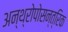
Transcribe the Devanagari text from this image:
अन्थ्रोपोसन्त्रिक